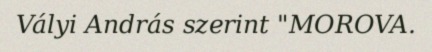
Vályi András szerint "MOROVA.